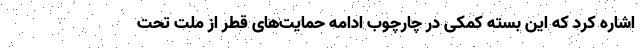
اشاره کرد که این بسته کمکی در چارچوب ادامه حمایت‌های قطر از ملت تحت